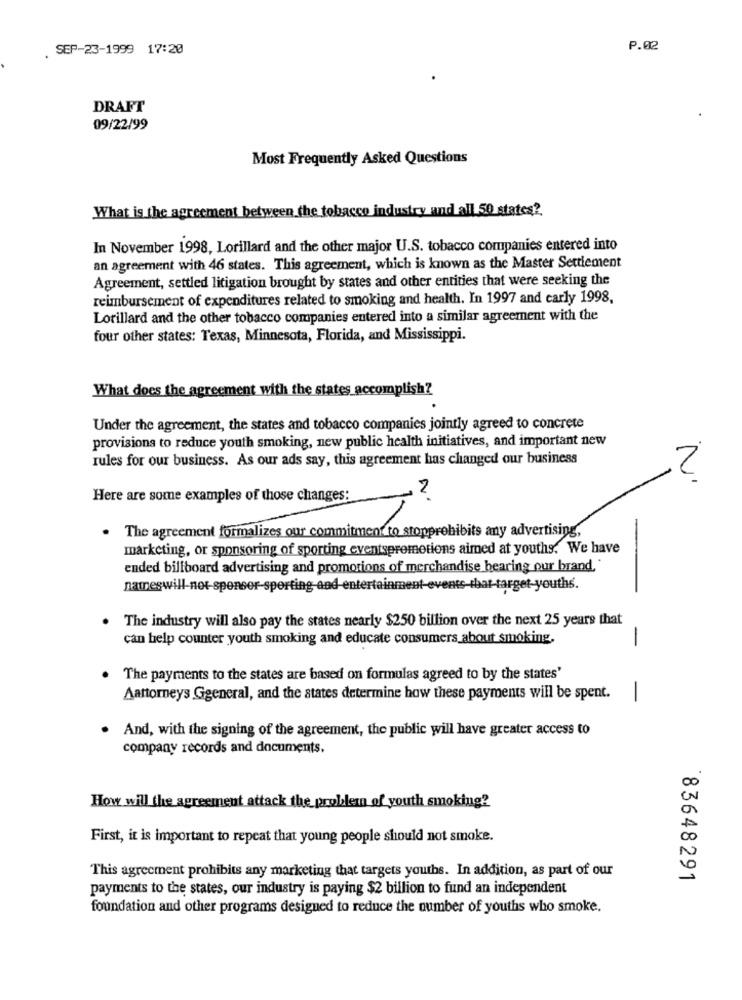
SEP-23-1999 17:20
P.02
DRAFT
09/22/99
Most Frequently Asked Questions
What is the agreement between the tobacco industry and all 50 states?
In November 1998, Lorillard and the other major U.S. tobacco companies entered into
an agreement with 46 states. This agreement, which is known as the Master Settlement
Agreement, settled litigation brought by states and other entities that were seeking the
reimbursement of expenditures related to smoking and health. In 1997 and carly 1998.
Lorillard and the other tobacco companies entered into a similar agreement with the
four other states: Texas, Minnesota, Florida, and Mississippi.
What does the agreement with the states accomplish?
Under the agreement, the states and tobacco companies jointly agreed to concrete
provisions to reduce youth smoking, new public health initiatives, and important new
rules for our business. As our ads say, this agreement has changed our business
2
2
Here are some examples of those changes:
.
marketing, or sponsoring of sporting eventspremetiens aimed at youths. We have
ended billboard advertising and promotions of merchandise bearing our brand.
nateswill-not-spenser-sporting-and entertainment-events-that-target-youths.
The industry will also pay the states nearly $250 billion over the next 25 years that
can help counter youth smoking and educate consumers about smoking,
-
The payments to the states are based on formulas agreed to by the states'
Aattorneys Ggeneral, and the states determine how these payments will be spent.
-
And, with the signing of the agreement, the public will have greater access to
company records and documents.
How will the agreement attack the problem of youth smoking?
First, it is important to repeat that young people should not smoke.
This agreement prohibits any marketing that targets youths. In addition, as part of our
83648291
payments to the states, our industry is paying $2 billion to fund an independent
foundation and other programs designed to reduce the number of youths who smoke.